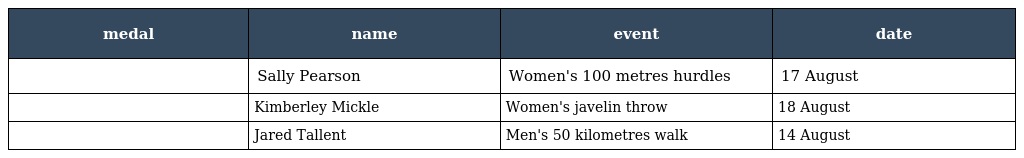
| medal | name | event | date |
 | --- | --- | --- | --- |
 |  | Sally Pearson | Women's 100 metres hurdles | 17 August |
 |  | Kimberley Mickle | Women's javelin throw | 18 August |
 |  | Jared Tallent | Men's 50 kilometres walk | 14 August |